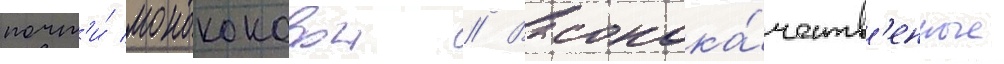
почт'и́ монококовои // Высокока́честв'енные